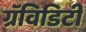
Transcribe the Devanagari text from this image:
ग्रॅविडिटी